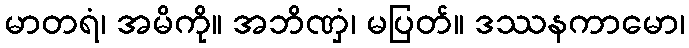
မာတရံ၊ အမိကို။ အဘိဏှံ၊ မပြတ်။ ဒဿနကာမော၊